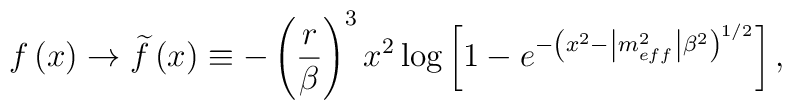
f\left(x\right)\rightarrow \widetilde{f}\left(x\right)\equiv -\left(\frac{r}{\beta }\right)^{3}x^{2}\log \left[1-e^{-\left(x^{2}-\left|m_{eff}^{2}\right|\beta ^{2}\right)^{1/2}}\right],